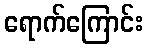
ရောက်ကြောင်း